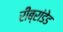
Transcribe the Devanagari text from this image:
रीब्रांडेड